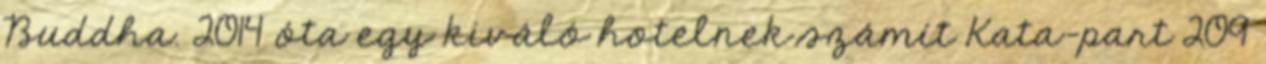
Buddha. 2014 óta egy kiváló hotelnek számít Kata-part 209